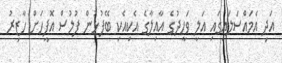
އަދި އެމައްސަލައިގައި އަލީ ވަހީދުގެ އާއިލާގެ އެކިއެކި ބޭފުޅުން ފުލުސް އޮފީހަށް ހާޒިރު